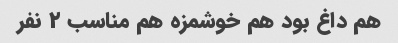
هم داغ بود هم خوشمزه هم مناسب ۲ نفر